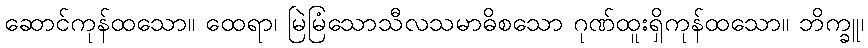
ဆောင်ကုန်ထသော။ ထေရာ၊ မြဲမြံသောသီလသမာဓိစသော ဂုဏ်ထူးရှိကုန်ထသော။ ဘိက္ခူ၊